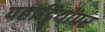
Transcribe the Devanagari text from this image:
पहाड़ियोंपर